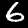
Label: 6